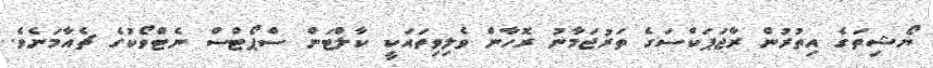
ޔޯޝިތަގެ އިތުރުން ރާޖަޕަކްސަގެ ތަރުޖަމާނު ރޮހާން ވެލިވިތައަކީ ކާލްޓަން ސްޕޯޓްސް ނެޓްވޯކުގެ ޗެއާމަނެވެ.